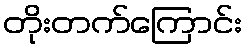
တိုးတက်ကြောင်း